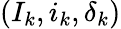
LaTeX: (I_{k},i_{k},\delta_{k})